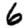
Digit: 6